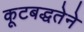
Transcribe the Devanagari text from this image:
कूटबद्धतेने